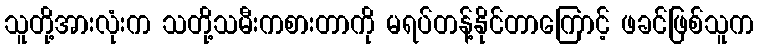
သူတို့အားလုံးက သတို့သမီးကစားတာကို မရပ်တန့်နိုင်တာကြောင့် ဖခင်ဖြစ်သူက